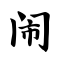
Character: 闹